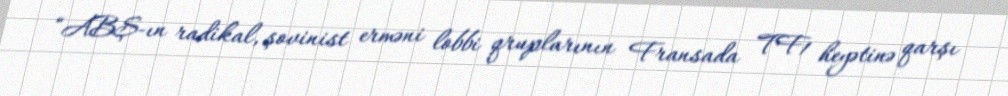
“ABŞ-ın radikal, şovinist erməni lobbi qruplarının Fransada TF1 heyətinə qarşı